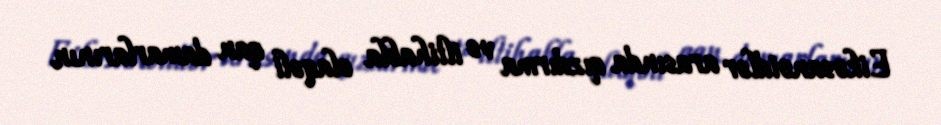
Eikosanoidlər arasında qızdırma və iltihabla əlaqəli qan damarlarının